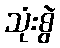
သုံးစွဲ